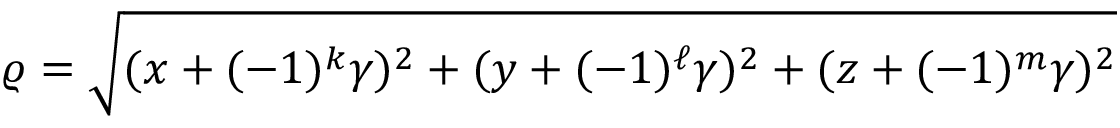
\varrho = \sqrt { ( x + ( - 1 ) ^ { k } \gamma ) ^ { 2 } + ( y + ( - 1 ) ^ { \ell } \gamma ) ^ { 2 } + ( z + ( - 1 ) ^ { m } \gamma ) ^ { 2 } }